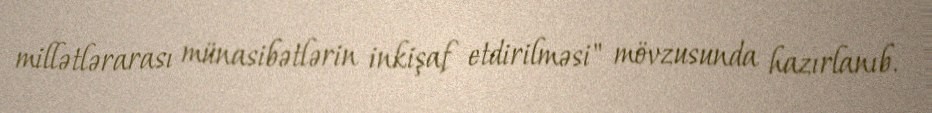
millətlərarası münasibətlərin inkişaf etdirilməsi" mövzusunda hazırlanıb.